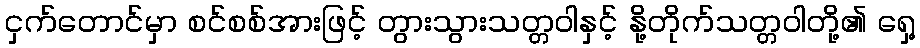
ငှက်တောင်မှာ စင်စစ်အားဖြင့် တွားသွားသတ္တဝါနှင့် နို့တိုက်သတ္တဝါတို့၏ ရှေ့